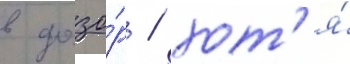
в дозо́р / хот'я́